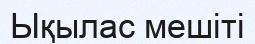
Ықылас мешіті